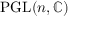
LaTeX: \operatorname { P G L } ( n , \mathbb { C } )